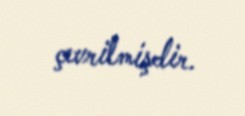
çevrilmişdir.